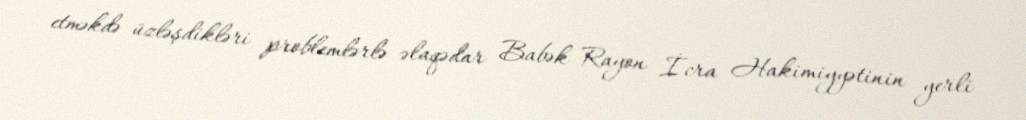
etməkdə üzləşdikləri problemlərlə əlaqədar Babək Rayon İcra Hakimiyyətinin yerli